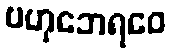
ဗဟုဘေရဝေ